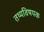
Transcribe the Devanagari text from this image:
तथ्यविषयक